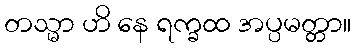
တသ္မာ ဟိ နေ ရက္ခထ အပ္ပမတ္တာ။